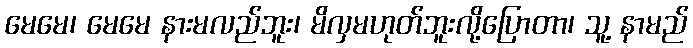
မေမေ၊ မေမေ နားမလည်ဘူး၊ မိလှမဟုတ်ဘူးလို့ပြောတာ၊ သူ့ နာမည်